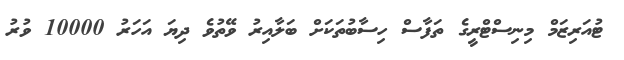
ޓުއަރިޒަމް މިނިސްޓްރީގެ ތަފާސް ހިސާބުތަކަށް ބަލާއިރު ވޭތުވެ ދިޔަ އަހަރު 10000 ވުރު